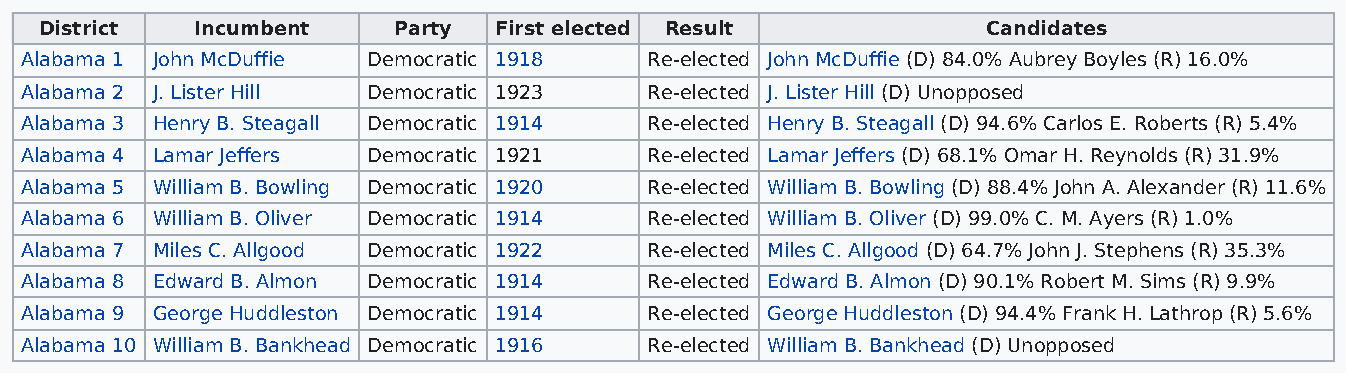
District  Incumbent    Party  First elected Result            Candidates
 Alabama 1 John McDuffie Democratic 1918   Re-elected John McDuffie (D) 84.0% Aubrey Boyles (R) 16.0%
 Alabama 2 J. Lister Hill Democratic 1923  Re-elected J. Lister Hill (D) Unopposed
 Alabama 3 Henry B. Steagall Democratic 1914 Re-elected Henry B. Steagall (D) 94.6% Carlos E. Roberts (R) 5.4%
 Alabama 4 Lamar Jeffers Democratic 1921   Re-elected Lamar Jeffers (D) 68.1% Omar H. Reynolds (R) 31.9%
 Alabama 5 William B. Bowling Democratic 1920 Re-elected William B. Bowling (D) 88.4% John A. Alexander (R) 11.6%
 Alabama 6 William B. Oliver Democratic 1914 Re-elected William B. Oliver (D) 99.0% C. M. Ayers (R) 1.0%
 Alabama 7 Miles C. Allgood Democratic 1922 Re-elected Miles C. Allgood (D) 64.7% John J. Stephens (R) 35.3%
 Alabama 8 Edward B. Almon Democratic 1914 Re-elected Edward B. Almon (D) 90.1% Robert M. Sims (R) 9.9%
 Alabama 9 George Huddleston Democratic 1914 Re-elected George Huddleston (D) 94.4% Frank H. Lathrop (R) 5.6%
 Alabama 10 William B. Bankhead Democratic 1916 Re-elected William B. Bankhead (D) Unopposed